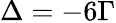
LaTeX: \Delta=-6\Gamma